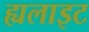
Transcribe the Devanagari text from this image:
ह्यलाइट